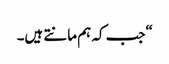
“جب کہ ہم مانتے ہیں۔